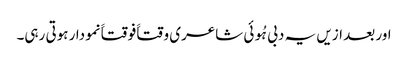
اور بعد ازیں یہ دبی ہُوئی شاعری وقتاََ فوقتاََ نمودار ہوتی رہی۔